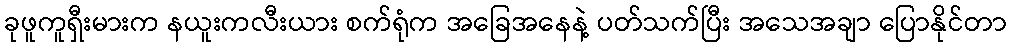
ခုဖူကူရှီးမားက နယူးကလီးယား စက်ရုံက အခြေအနေနဲ့ ပတ်သက်ပြီး အသေအချာ ပြောနိုင်တာ